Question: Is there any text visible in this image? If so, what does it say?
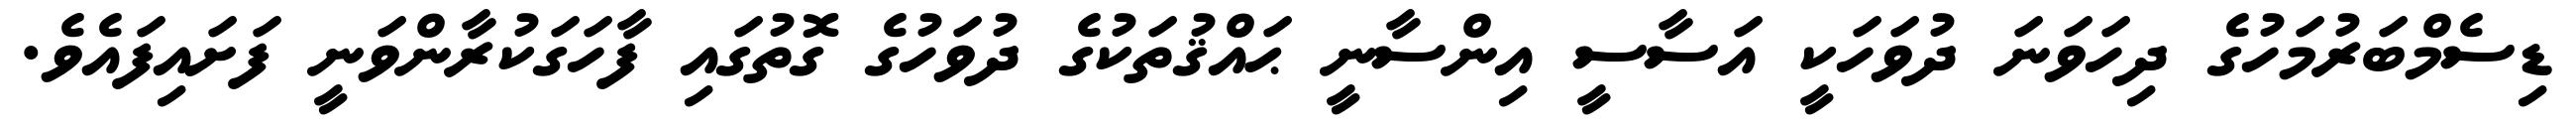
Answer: ޑިސެމްބަރުމަހުގެ ދިހަވަނަ ދުވަހަކީ އަސާސީ އިންސާނީ ޙައްޤުތަކުގެ ދުވަހުގެ ގޮތުގައި ފާހަގަކުރާންވަނީ ފަށައިފައެވެ.